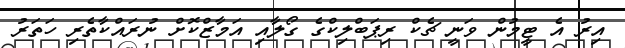
އިރު އެ ޓީމުން ވަނީ ޗެކް ރިޕަބްލިކްގެ ގޯލާއި އަމާޒްކޮށް ނުރައްކާތެރި ހަތަރު